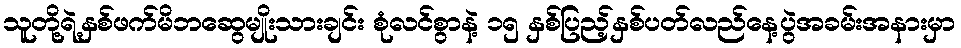
သူတို့ရဲ့နှစ်ဖက်မိဘဆွေမျိုးသားချင်း စုံလင်စွာနဲ့ ၁၅ နှစ်ပြည့်နှစ်ပတ်လည်နေ့ပွဲအခမ်းအနားမှာ